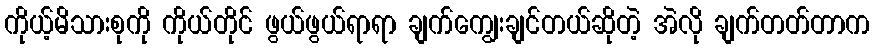
ကိုယ့်မိသားစုကို ကိုယ်တိုင် ဖွယ်ဖွယ်ရာရာ ချက်ကျွေးချင်တယ်ဆိုတဲ့ အဲလို ချက်တတ်တာက